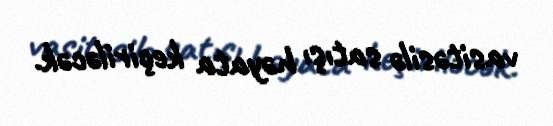
vasitəsilə satışı həyata keçiriləcək.